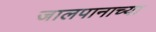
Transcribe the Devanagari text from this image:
जालपानाच्या